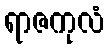
ရာဇကုလံ